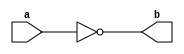
module NotGate(a,b) ;   // 1

output b ;
input a ;

nand(b,a,a) ;

endmodule 

module AndGate(a,b,c) ;  // 2 

output c ;
input a,b ;
wire x ;

nand(x,a,b);
nand(c,x,x) ;

endmodule 

module OrGate(a,b,c) ;  // 3 

output c ;
input a,b ;
wire x,y ;

nand(x,a,a) ;
nand(y,b,b) ;
nand(c,x,y) ;

endmodule 

module XorGate(a,b,c) ;  // 5

output c ;
input a,b ;
wire x,y,x1,y1;

NotGate NG_1(a,x) ;
NotGate NG_2(b,y) ;
AndGate AG_1(a,y,x1) ;
AndGate AG_2(b,x,y1) ;
OrGate OG_1(x1,y1,c) ;

endmodule

module XorGate16(a,b,c) ;  // 10

output [0:15] c ;
input [0:15] a,b ;

XorGate XG_1[0:15](a,b,c) ;

endmodule